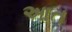
આત